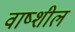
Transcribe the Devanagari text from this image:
वाष्शील